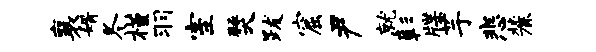
襄婿冬槿羽室燹跋窟尹就彰牒芋悲麓